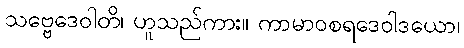
သဗ္ဗေဒေဝါတိ၊ ဟူသည်ကား။ ကာမာဝစရဒေဝါဒယော၊